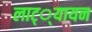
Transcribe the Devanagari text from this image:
लाट््यायन